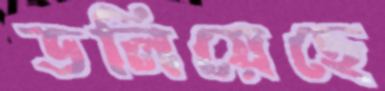
ডলিয়েছে